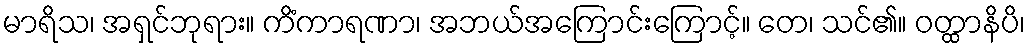
မာရိသ၊ အရှင်ဘုရား။ ကိံကာရဏာ၊ အဘယ်အကြောင်းကြောင့်။ တေ၊ သင်၏။ ဝတ္ထာနိပိ၊